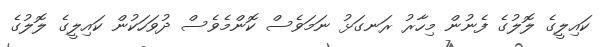
ކައިލީގެ ލޮލުގެ ފެނުން މިހާރު ރަނގަޅު ނަމަވެސް ކޮންމެވެސް ދުވަހަކުން ކައިލީގެ ލޮލުގެ